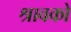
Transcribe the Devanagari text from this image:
श्रावको